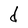
Character: d